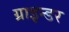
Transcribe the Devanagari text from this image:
ग्राइन्डर